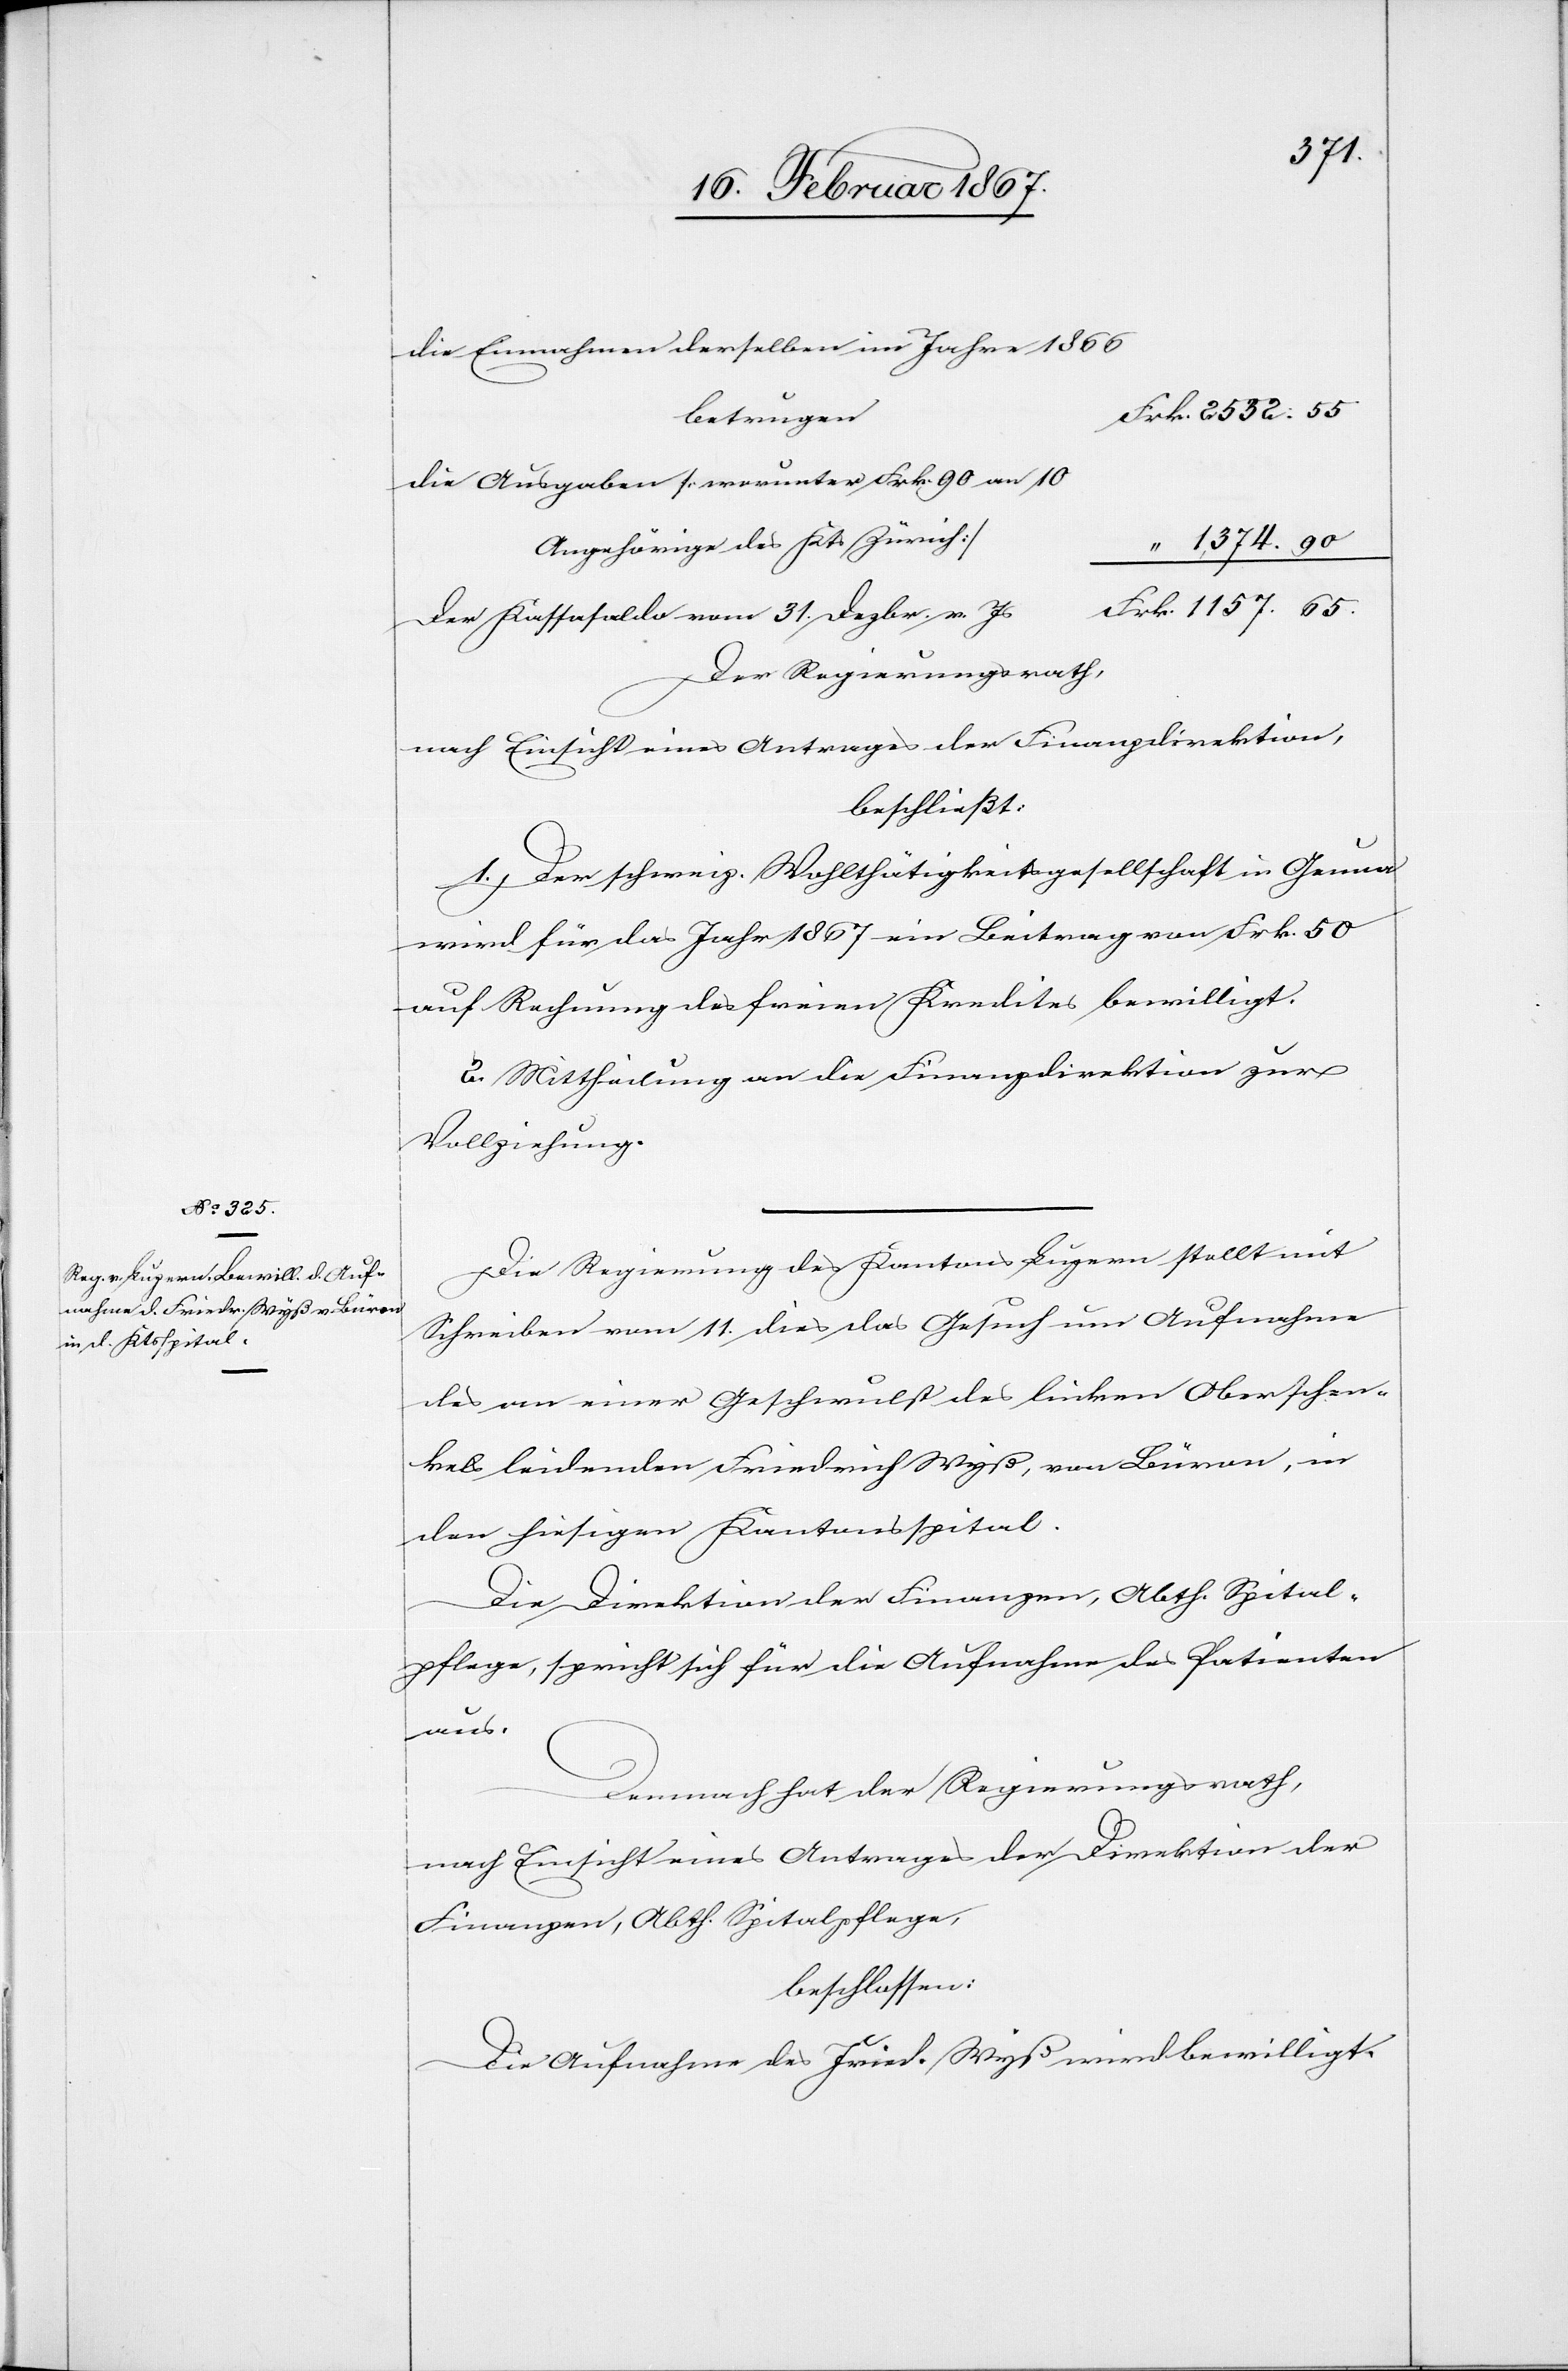
die Einnahmen derselben im Jahre 1866
die Ausgaben [worunter Frk. 90 an 10
Angehörige des Kts. Zürich]
“ 1374.90
Der Kassasaldo vom 31. Dezbr. v.
Der Regierungsrath,
nach Einsicht eines Antrages der Finanzdirektion,
beschließt:
1. Der schweiz. Wohlthätigkeitsgesellschaft in Genua
wird für das Jahr 1867 ein Beitrag von Frk. 50
auf Rechnung des freien Kredites bewilligt.
2. Mittheilung an die Finanzdirektion zur
Vollziehung.
Die Regierung des Kantons Luzern stellt mit
Schreiben vom 11. dies das Gesuch um Aufnahme
des an einer Geschwulst des linken Oberschen¬
kels leidenden Friedrich Wyß, von Büron, in
den hiesigen Kantonsspital.
Die Direktion der Finanzen, Abth. Spital¬
pflege, spricht sich für die Aufnahme des Patienten
Demnach hat der Regierungsrath,
nach Einsicht eines Antrages der Direktion der
Finanzen, Abth. Spitalpflege,
beschlossen:
Die Aufnahme des Fried. Wyß wird bewilligt.